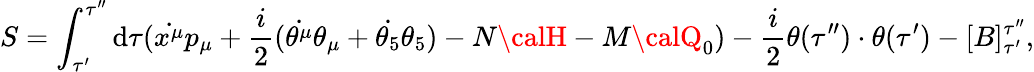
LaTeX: S=\int_{\tau^{\prime}}^{\tau^{\prime\prime}}\mathrm{d}\tau(\dot{{x^{\mu}}}p_{\mu}+\frac{{i}}{{2}}(\dot{{\theta^{\mu}}}\theta_{\mu}+\dot{{\theta_{5}}}\theta_{5})-N{\calH}-M{\calQ}_{0})-\frac{{i}}{{2}}\theta(\tau^{\prime\prime})\cdot\theta(\tau^{\prime})-[B]_{\tau^{\prime}}^{\tau^{\prime\prime}},